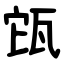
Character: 㼠